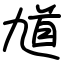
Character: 馗